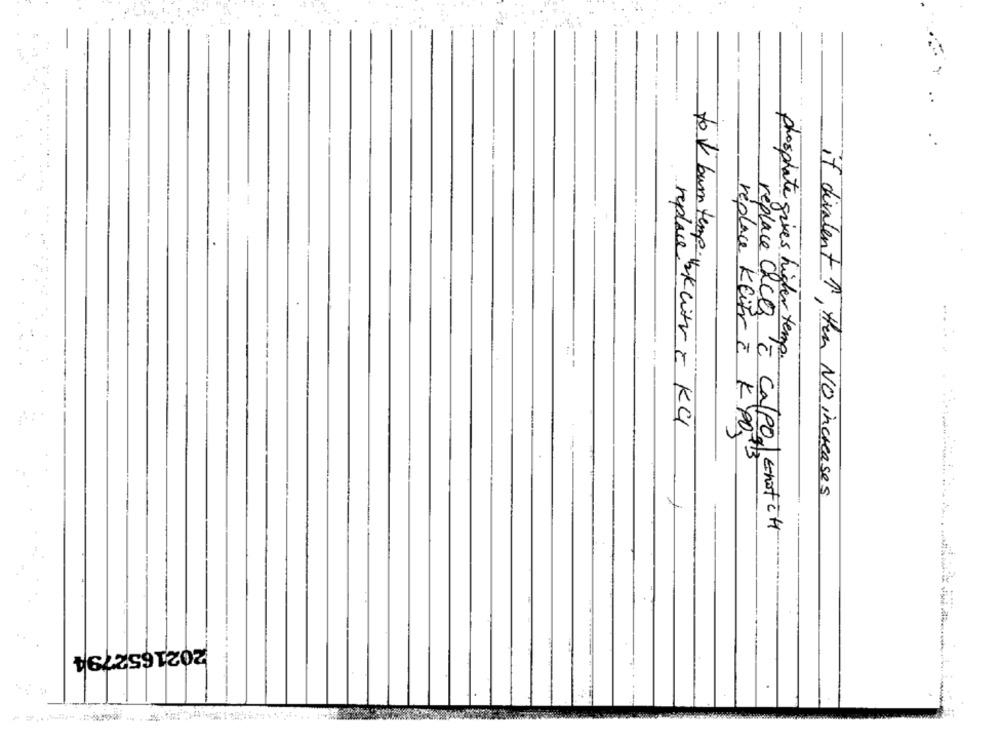
replace
phosphate gives higher temp.
To V burn temp be litt = KCI
replace KEifr c K 403
if divalent ? , then NO increases
replace chce c calpol Enstil
2021652794